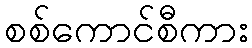
စစ်ကောင်စီကား